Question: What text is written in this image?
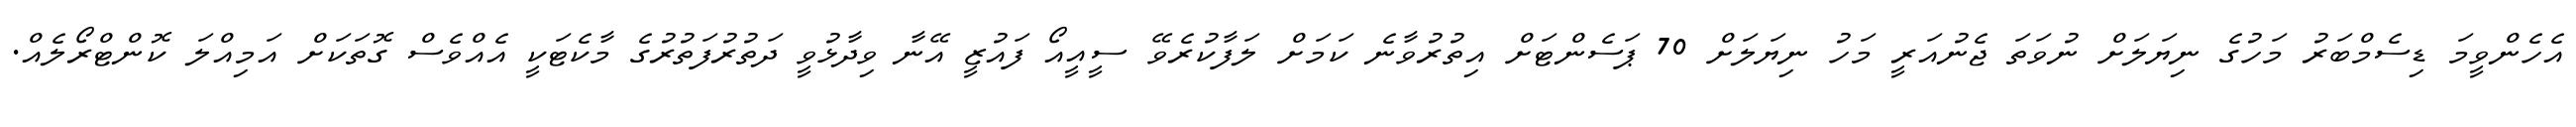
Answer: އެހެންވީމަ ޑިސެމްބަރު މަހުގެ ނިޔަލަށް ނުވަތަ ޖެނުއަރީ މަހު ނިޔަލަށް 70 ޕަސެންޓަށް އިތުރުވާނެ ކަމަށް ލަފާކުރެވޭ ސީއީއޯ ފައުޒީ އޭނާ ވިދާޅުވީ ދަތުރުފަތުރުގެ މާކެޓަކީ އެއްވެސް ގޮތަކަށް އަމިއްލަ ކޮންޓްރޯލެއް.